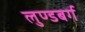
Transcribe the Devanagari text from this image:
लुण्डबर्ग